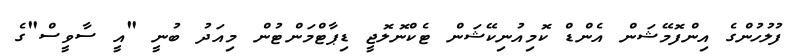
ފުލުހުންގެ އިންފޮމޭޝަން އެންޑް ކޮމިއުނިކޭޝަން ޓެކްނޮލޮޖީ ޑިޕާޓްމަންޓުން މިއަދު ބުނީ "އީ ސާވީސް"ގެ